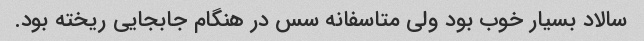
سالاد بسیار خوب بود ولی متاسفانه سس در هنگام جابجایی ریخته بود.